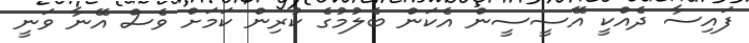
ފައިސާ ދެއްކީ އޭސީސީން އެކަން ބެލުމުގެ ކުރިން ކަމަށް ވެސް އޭނާ ވަނީ